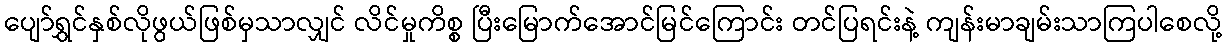
ပျော်ရွှင်နှစ်လိုဖွယ်ဖြစ်မှသာလျှင် လိင်မှုကိစ္စ ပြီးမြောက်အောင်မြင်ကြောင်း တင်ပြရင်းနဲ့ ကျန်းမာချမ်းသာကြပါစေလို့